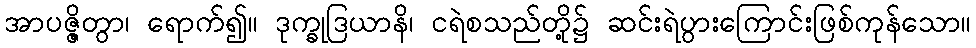
အာပဇ္ဇိတွာ၊ ရောက်၍။ ဒုက္ခုဒြယာနိ၊ ငရဲစသည်တို့၌ ဆင်းရဲပွားကြောင်းဖြစ်ကုန်သော။